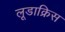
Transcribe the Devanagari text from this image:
लूडाक्रिस